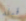
قبله